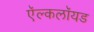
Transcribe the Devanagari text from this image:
ऍल्कलॉयड